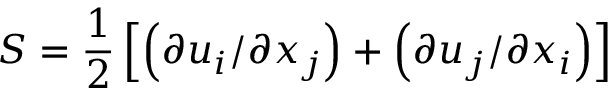
S = \frac { 1 } { 2 } \left[ \left( \partial u _ { i } / \partial x _ { j } \right) + \left( \partial u _ { j } / \partial x _ { i } \right) \right]